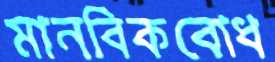
মানবিকবোধ